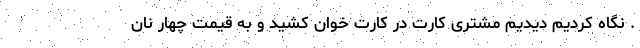
. نگاه کردیم دیدیم مشتری کارت در کارت خوان کشید و به قیمت چهار نان